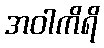
အဝါကိရိ